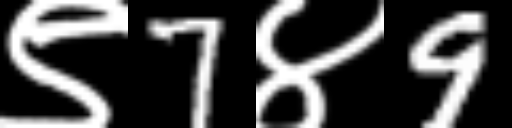
Text: ९7४9